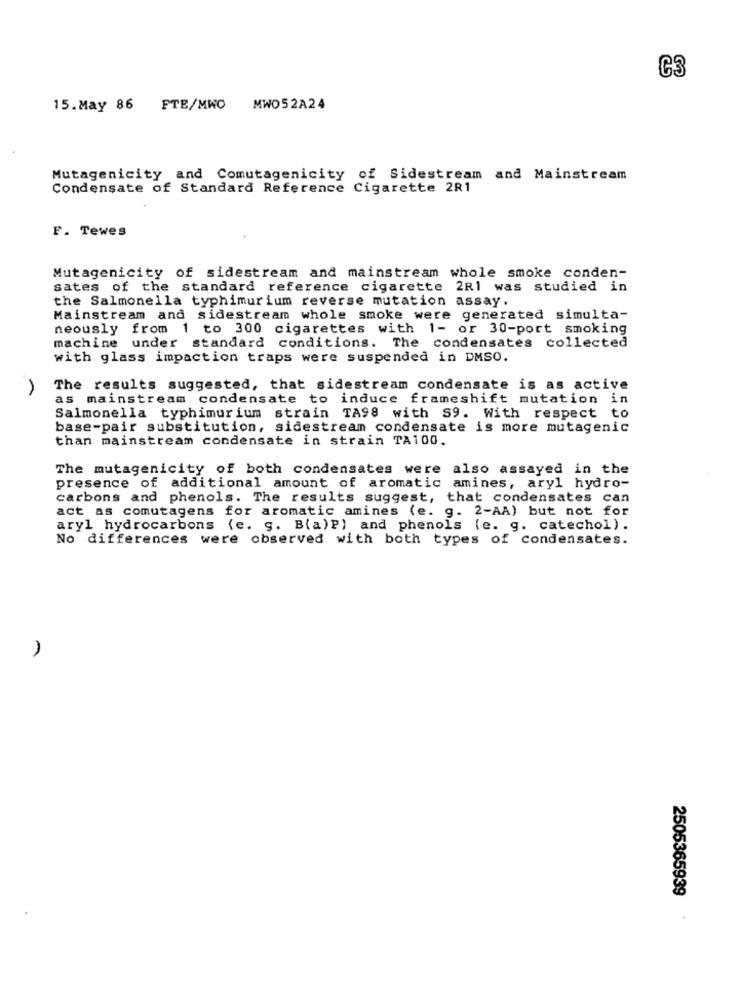
C3
15.May 86 FTE/MWO
MWO52A24
Mutagenicity and Comutagenicity of Sidestream and Mainstream
Condensate of Standard Reference Cigarette 2R1
F. Tewes
Mutagenicity of sidestream and mainstream whole smoke conden-
sates of the standard reference cigarette 2R1 was studied in
the Salmonella typhimurium reverse mutation assay.
Mainstream and sidestream whole smoke were generated simulta-
neously from 1 to 300 cigarettes with 1- or 30-port smoking
machine under standard conditions. The condensates collected
with glass impaction traps were suspended in DMSO.
The results suggested, that sidestream condensate is as active
as mainstream condensate to induce frameshift mutation in
Salmonella typhimurium strain TA98 with S9. With respect to
base-pair substitution, sidestream condensate is more mutagenic
than mainstream condensate in strain TA100.
The mutagenicity of both condensates were also assayed in the
presence of additional amount of aromatic amines, aryl hydro-
carbons and phenols. The results suggest, that condensates can
act as comutagens for aromatic amines (e. g. 2-AA) but not for
aryl hydrocarbons (e. g. B(a)P) and phenols (e. g. catechol).
No differences were observed with both types of condensates.
A
2505365939